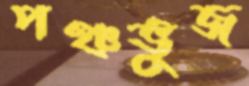
পঞ্চভুজ